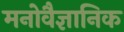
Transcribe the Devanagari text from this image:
मनाेवैज्ञानिक